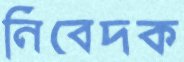
নিবেদক